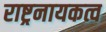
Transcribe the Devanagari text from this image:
राष्ट्रनायकत्व